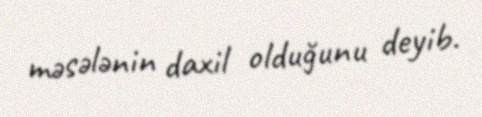
məsələnin daxil olduğunu deyib.